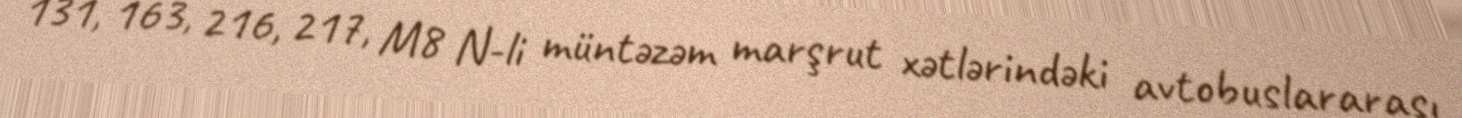
131, 163, 216, 217, M8 N-li müntəzəm marşrut xətlərindəki avtobuslararası